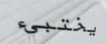
يختبيء